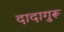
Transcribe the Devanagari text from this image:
दादागुरू